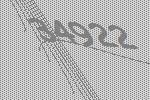
34922